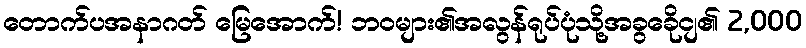
တောက်ပအနာဂတ် မြေအောက်! ဘဝများ၏အလွန်ရုပ်ပုံသို့အခွခေိုငျ၏ 2,000